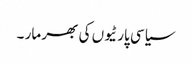
سیاسی پارٹیوں کی بھر مار ۔